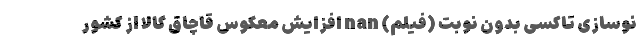
نوسازی تاکسی بدون نوبت (فیلم) nan افزایش معکوس قاچاق کالا از کشور